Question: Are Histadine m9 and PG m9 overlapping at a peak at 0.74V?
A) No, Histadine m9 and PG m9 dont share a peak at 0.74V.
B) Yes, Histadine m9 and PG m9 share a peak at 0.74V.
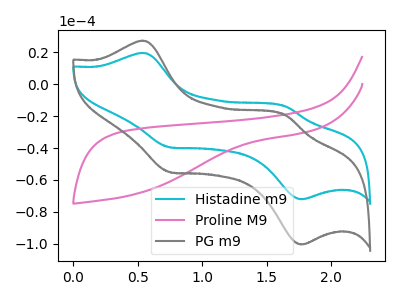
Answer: <think>The cyan curve "Histadine m9" has anodic peaks at (0.55V, 19.50uA) (1.65V, -13.90uA) and cathodic peaks at (0.75V, -39.50uA) (1.75V, -72.05uA). The pink curve "Proline M9" has no peaks. The gray curve "PG m9" has anodic peaks at (0.55V, 27.15uA) (1.65V, -19.40uA) and cathodic peaks at (0.75V, -55.00uA) (1.75V, -100.35uA).</think>
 <answer>B) Yes, "Histadine m9" and "PG m9" share a peak at 0.74V.</answer>
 <eval>B</eval>